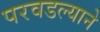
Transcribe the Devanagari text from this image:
परवडल्याने